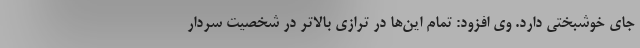
جای خوشبختی دارد. وی افزود: تمام این‌ها در ترازی بالاتر در شخصیت سردار